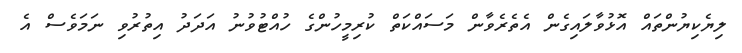
ލިޔެކިޔުންތައް އޮޅުވާލައިގެން އެތެރެވާން މަސައްކަތް ކުރިމީހުންގެ ހުއްޓުވުނު އަދަދު އިތުރުވި ނަމަވެސް އެ